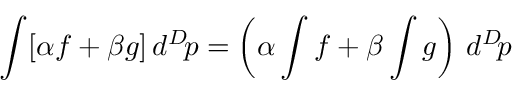
\int [ \alpha f + \beta g ] \, d ^ { D } \! p = \left( \alpha \int f + \beta \int g \right) \, d ^ { D } \! p